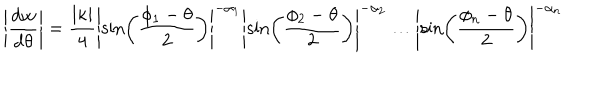
\left\vert \frac { \mathrm { d } w } { \mathrm { d } \theta } \right\vert = \frac { \left\vert \kappa \right\vert } { 4 } \left\vert \sin \left( \frac { \phi _ { 1 } - \theta } { 2 } \right) \right\vert ^ { - \alpha _ { 1 } } \left\vert \sin \left( \frac { \phi _ { 2 } - \theta } { 2 } \right) \right\vert ^ { - \alpha _ { 2 } } \ldots \left\vert \sin \left( \frac { \phi _ { n } - \theta } { 2 } \right) \right\vert ^ { - \alpha _ { n } }